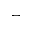
^ { - }